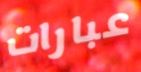
عبارات